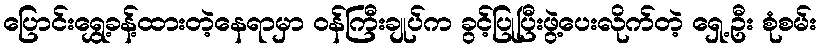
ပြောင်းရွှေ့ခန့်ထားတဲ့နေရာမှာ ဝန်ကြီးချုပ်က ခွင့်ပြုပြီးဖွဲ့ပေးလိုက်တဲ့ ရှေ့ဦး စုံစမ်း